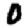
Digit: 0